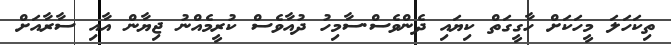
ތިކަހަލަ މީހަކަށް ހާގީގަތް ކިޔައި ދެންވެސް.ސާމިހު ދުއާވެސް ކުރީމެއްނު ޖިޔާން އާއި ސާރާއަށް